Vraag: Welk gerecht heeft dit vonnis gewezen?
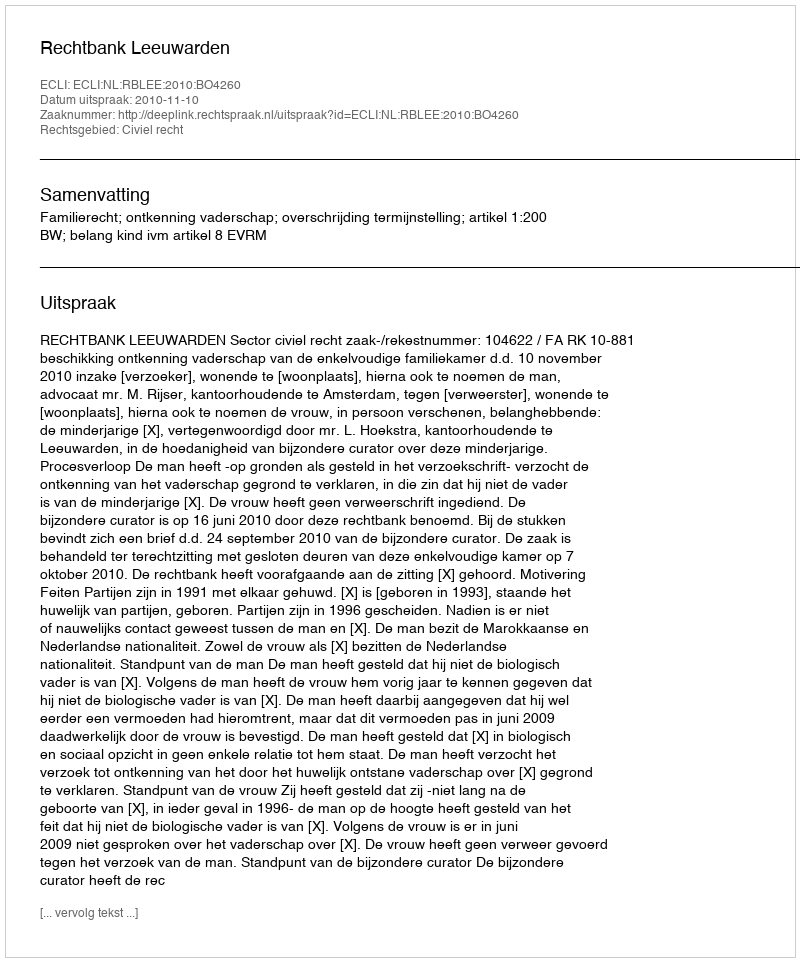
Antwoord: Rechtbank Leeuwarden